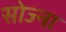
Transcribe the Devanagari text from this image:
सोज्ना